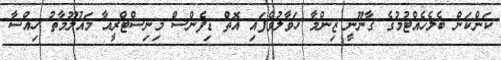
ކަންކަން ބެލެހެއްޓުމުގެ ގާނޫނީ ޒިންމާ ހަވާލުވެފައި އޮތް ޑިފެންސް މިނިސްޓްރީއާ މައުލޫމާތު ހިއްސާ